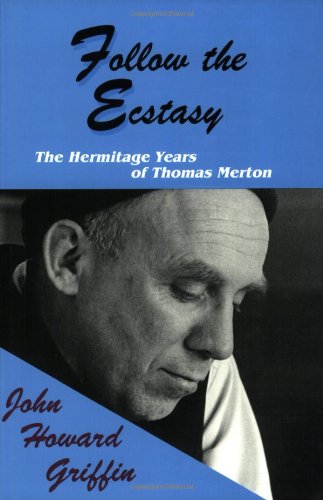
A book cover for Follow the Ecstasy: The Hermitage Years of Thomas Merton; John Howard Griffin; Christian Books & Bibles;